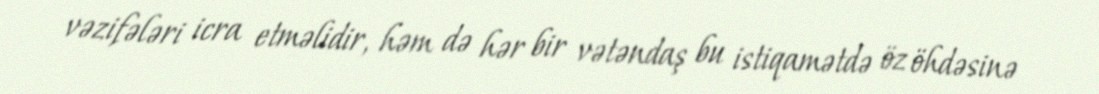
vəzifələri icra etməlidir, həm də hər bir vətəndaş bu istiqamətdə öz öhdəsinə